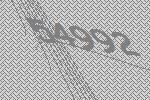
54992